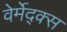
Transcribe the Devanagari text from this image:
वेर्मेद्क्स